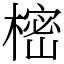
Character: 樒